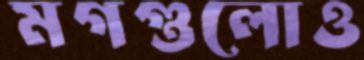
মগগুলোও